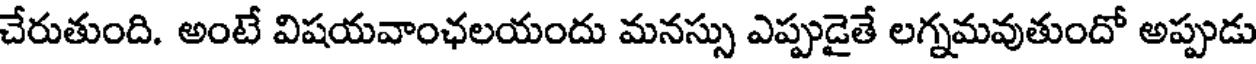
చేరుతుంది. అంటే విషయవాంఛలయందు మనస్సు ఎప్పుడైతే లగ్నమవుతుందో అప్పుడు